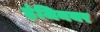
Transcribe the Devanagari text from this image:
इंजिनयर